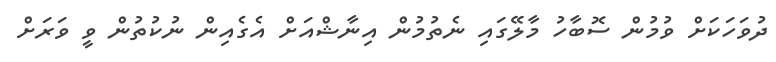
ދުވަހަކަށް ވުމުން ސޮބާހު މާލޭގައި ނެތުމުން އިނާޝްއަށް އެގެއިން ނުކުތުން ވީ ވަރަށް